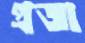
প্রজা